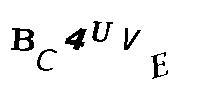
BC4UVE